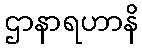
ဌာနာရဟာနိ